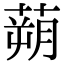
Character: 蒴